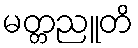
မတ္တညူတိ